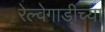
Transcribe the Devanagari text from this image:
रेल्वेगाडीच्या